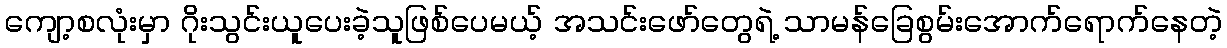
ကျော့စလုံးမှာ ဂိုးသွင်းယူပေးခဲ့သူဖြစ်ပေမယ့် အသင်းဖော်တွေရဲ့ သာမန်ခြေစွမ်းအောက်ရောက်နေတဲ့